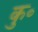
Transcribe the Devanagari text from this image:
कु॰